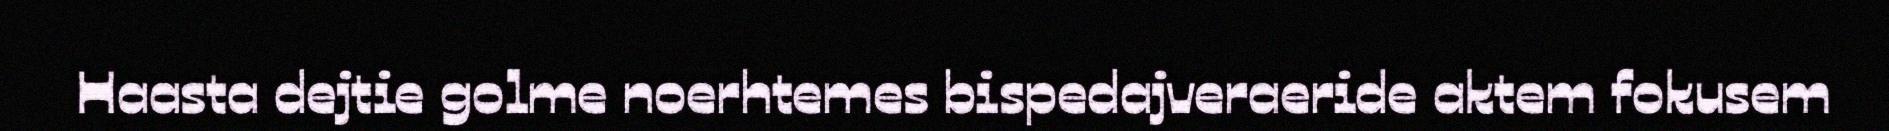
Haasta dejtie golme noerhtemes bispedajveraeride aktem fokusem